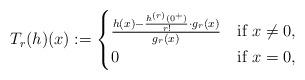
LaTeX: \begin{align*}T_r(h)(x) := \begin{cases}\frac{ h(x) - \frac{h^{(r)}(0^+)}{r!} \cdot g_r(x)}{g_r(x)} & \textrm{if }x\not=0, \\0 & \textrm{if } x=0, \end{cases}\end{align*}